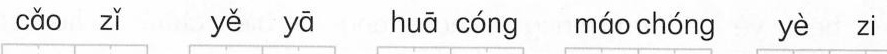
cǎo zǐ yě yā huā cóng máo chóng yè zi